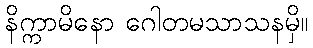
နိက္ကာမိနော ဂေါတမသာသနမှိ။